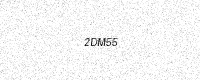
Text: 2DM55